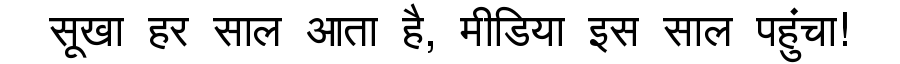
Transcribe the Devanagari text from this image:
सूखा हर साल आता है, मीडिया इस साल पहुंचा!